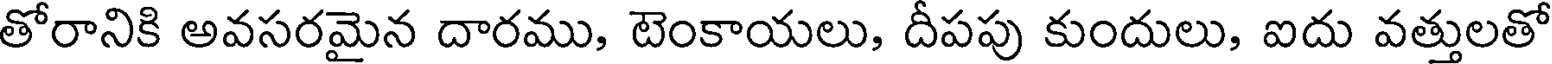
తోరానికి అవసరమైన దారము, టెంకాయలు, దీపపు కుందులు, ఐదు వత్తులతో